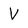
Character: V